342_HS1-416511228_319.1 Flying Discs 1949
Agency: Department of War
Incident date: 1/9/50
Page 123
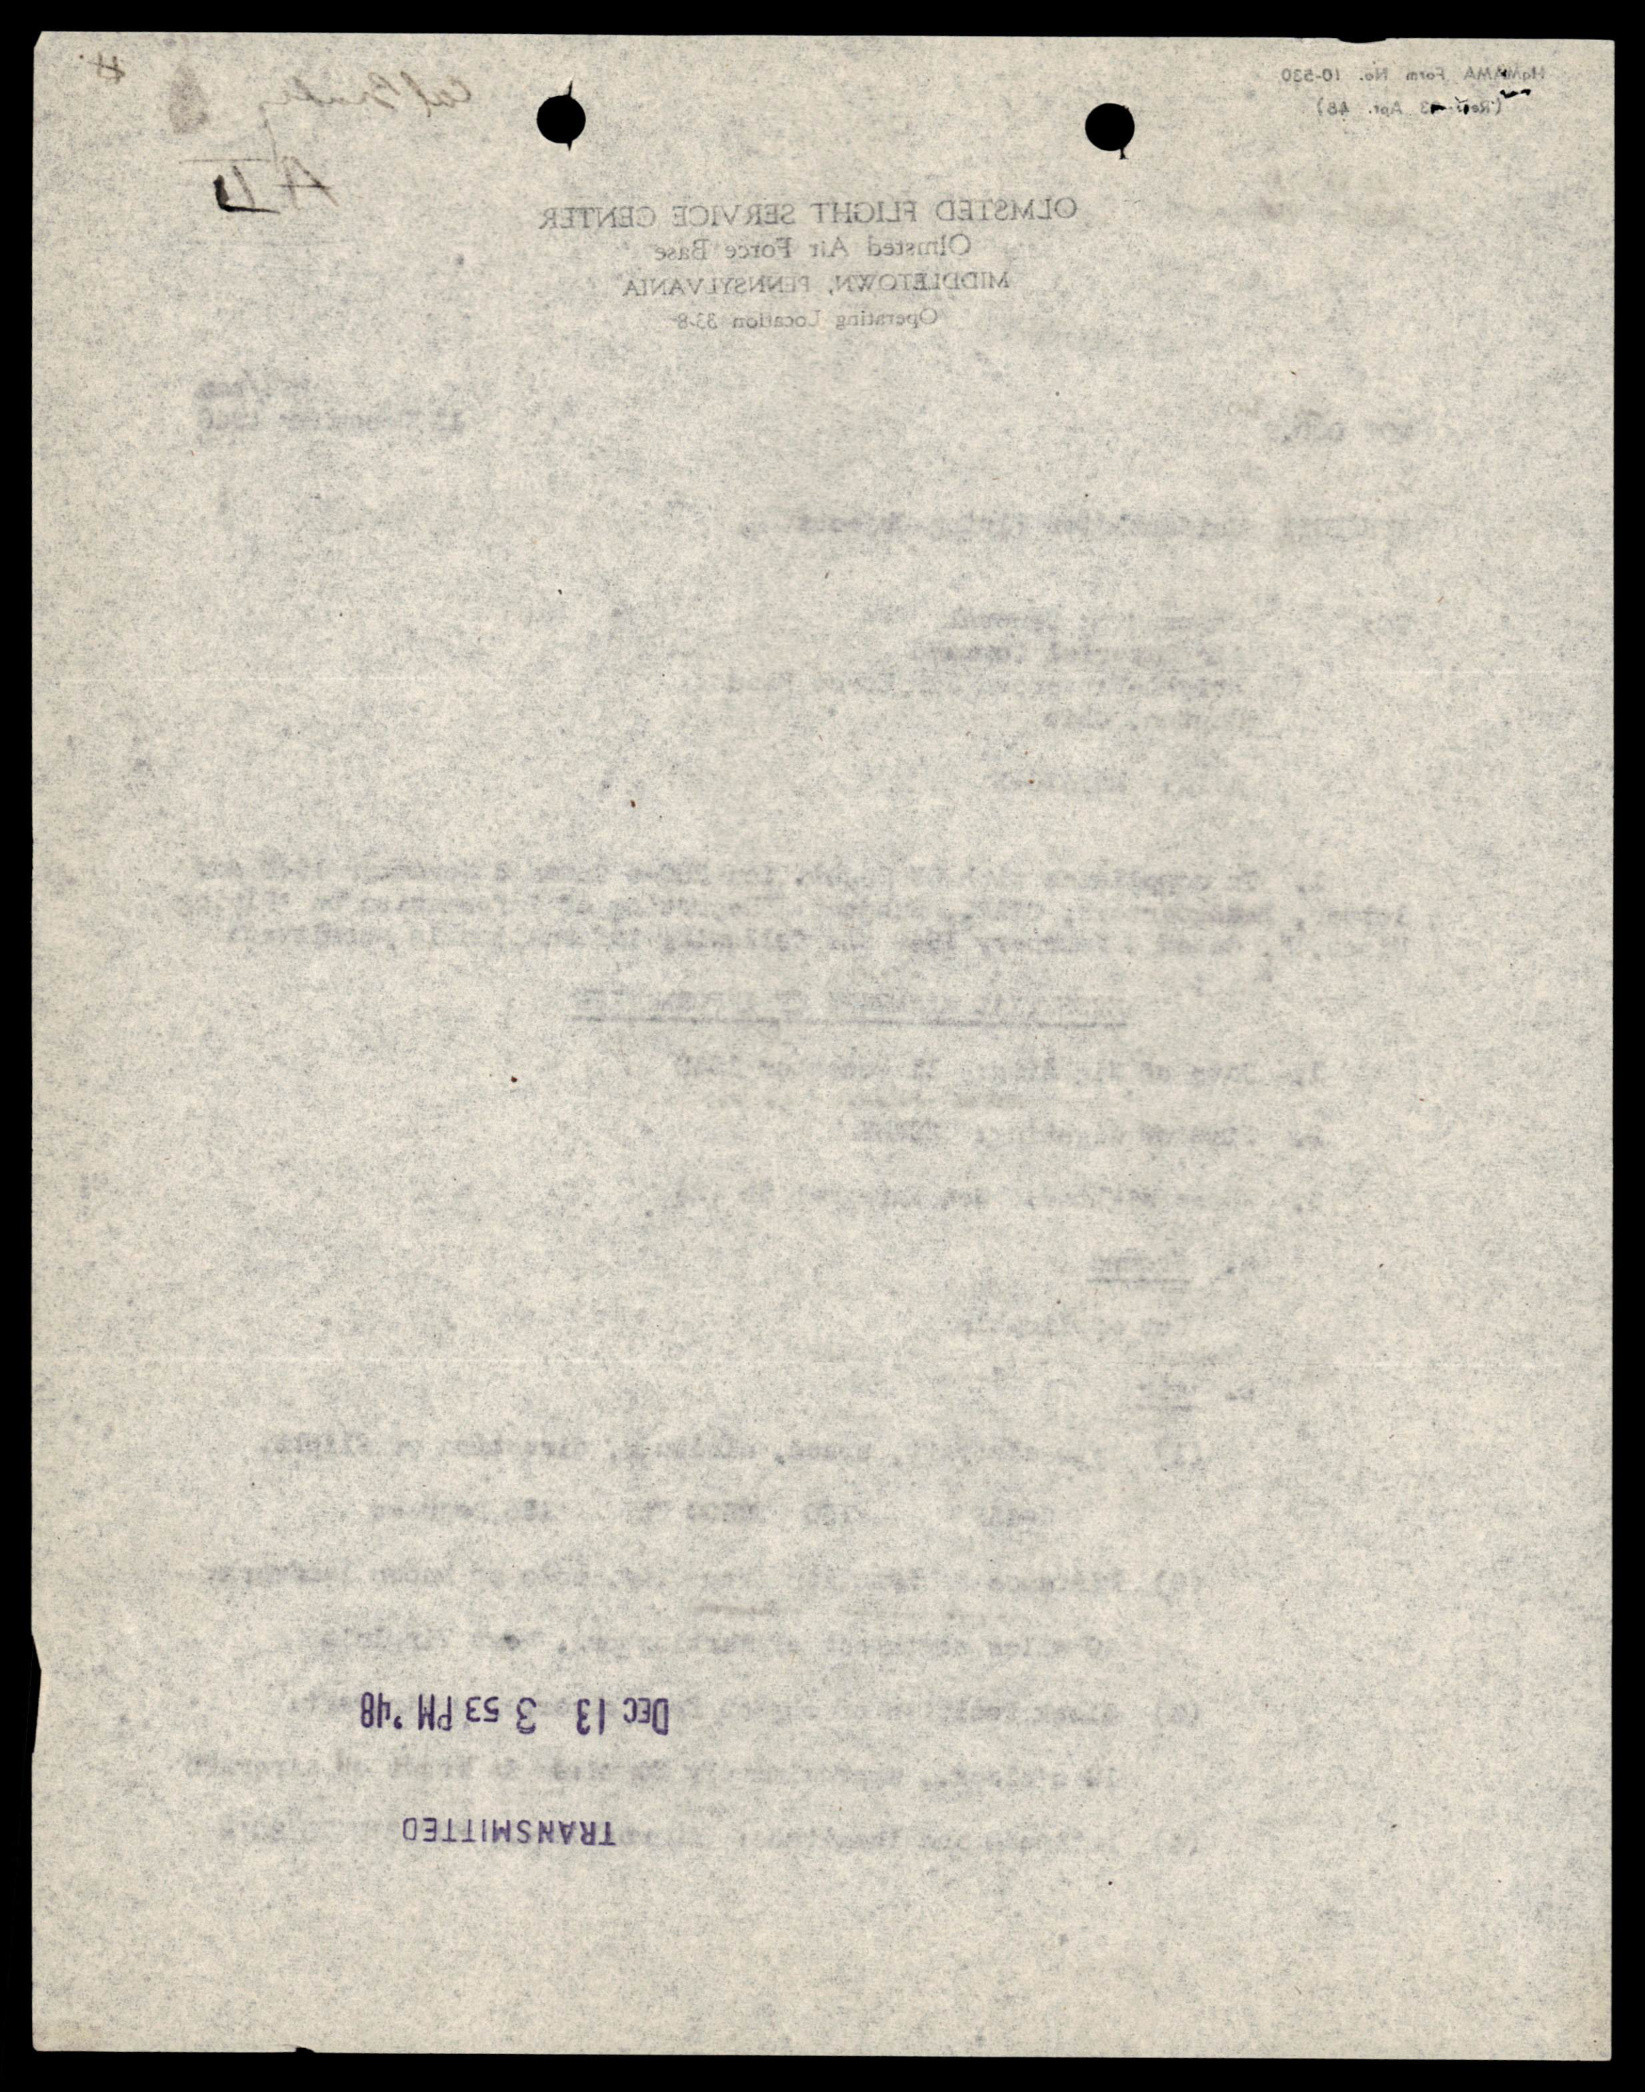